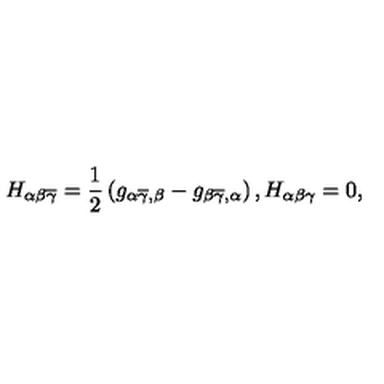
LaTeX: H _ { \alpha \beta \overline { { \gamma } } } = \frac { 1 } { 2 } \left( g _ { \alpha \overline { { \gamma } } , \beta } - g _ { \beta \overline { { \gamma } } , \alpha } \right) , H _ { \alpha \beta \gamma } = 0 ,